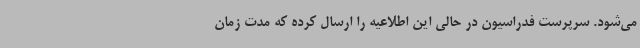
می‌شود. سرپرست فدراسیون در حالی این اطلاعیه را ارسال کرده که مدت زمان